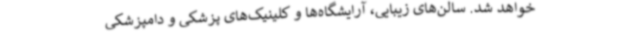
خواهد شد. سالن‌های زیبایی، آرایشگاه‌ها و کلینیک‌های پزشکی و دامپزشکی